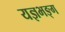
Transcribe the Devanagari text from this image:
यज्ञभङ्ग